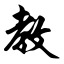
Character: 教